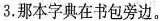
3.那本字典在书包旁边。